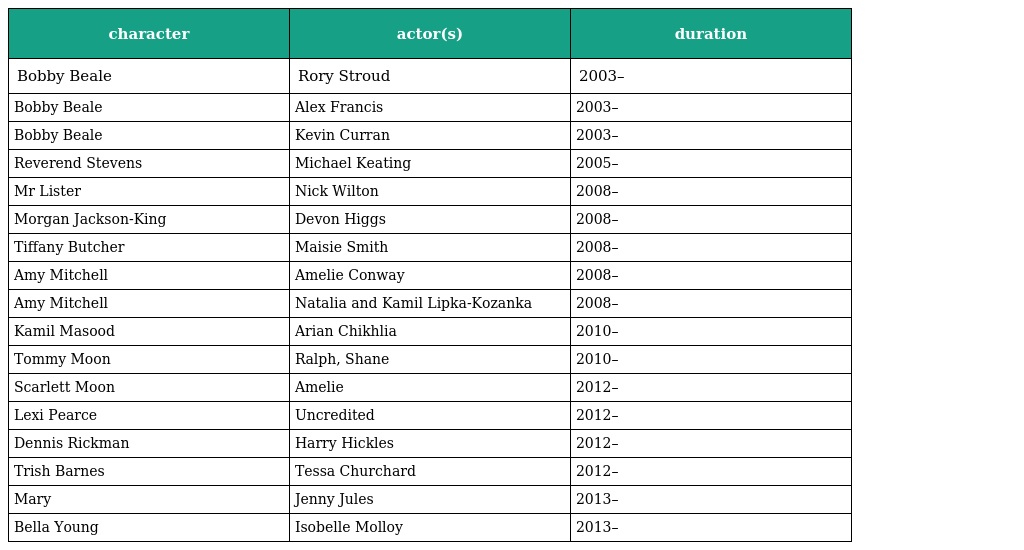
| character | actor(s) | duration |
 | --- | --- | --- |
 | Bobby Beale | Rory Stroud | 2003– |
 | Bobby Beale | Alex Francis | 2003– |
 | Bobby Beale | Kevin Curran | 2003– |
 | Reverend Stevens | Michael Keating | 2005– |
 | Mr Lister | Nick Wilton | 2008– |
 | Morgan Jackson-King | Devon Higgs | 2008– |
 | Tiffany Butcher | Maisie Smith | 2008– |
 | Amy Mitchell | Amelie Conway | 2008– |
 | Amy Mitchell | Natalia and Kamil Lipka-Kozanka | 2008– |
 | Kamil Masood | Arian Chikhlia | 2010– |
 | Tommy Moon | Ralph, Shane | 2010– |
 | Scarlett Moon | Amelie | 2012– |
 | Lexi Pearce | Uncredited | 2012– |
 | Dennis Rickman | Harry Hickles | 2012– |
 | Trish Barnes | Tessa Churchard | 2012– |
 | Mary | Jenny Jules | 2013– |
 | Bella Young | Isobelle Molloy | 2013– |